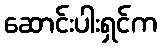
ဆောင်းပါးရှင်က